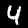
Digit: 4